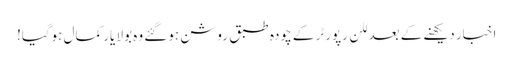
اخبار دیکھنے کے بعد للن رپورٹر کے چودہ طبق روشن ہوگئے وہ بولا یار کمال ہوگیا!